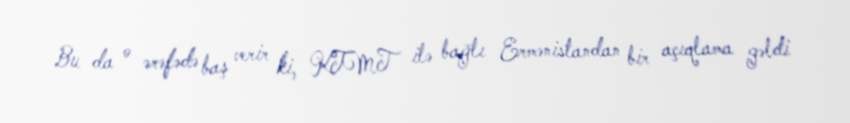
Bu da o ərəfədə baş verir ki, KTMT ilə bağlı Ermənistandan bir açıqlama gəldi